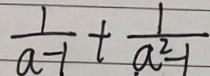
\frac { 1 } { a - 1 } + \frac { 1 } { a ^ { 2 } - 1 }